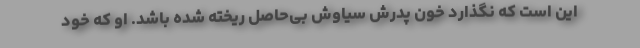
این است که نگذارد خون پدرش سیاوش بی‌حاصل ریخته شده باشد. او که خود